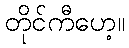
တိုင်ကီဟေ့။